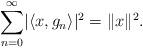
LaTeX: \begin{align*}\sum_{n=0}^{\infty}\lvert\langle x,g_n\rangle\rvert^2=\lVert x\rVert^2.\end{align*}